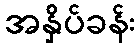
အနှိပ်ခန်း